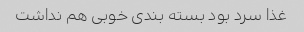
غذا سرد بود بسته بندی خوبی هم نداشت